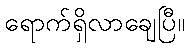
ရောက်ရှိလာချေပြီ။